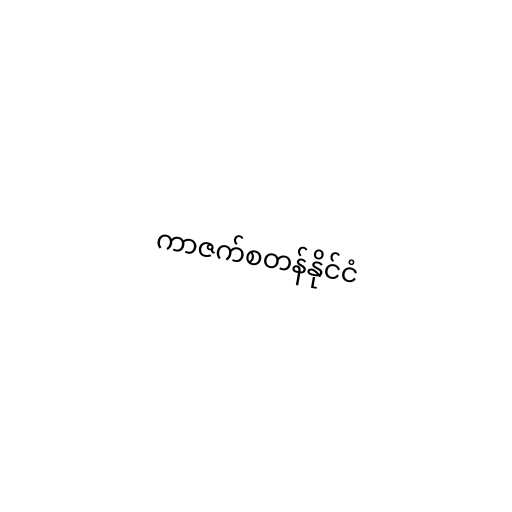
ကာဇက်စတန်နိုင်ငံ